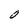
Character: 0